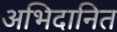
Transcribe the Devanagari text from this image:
अभिदानित